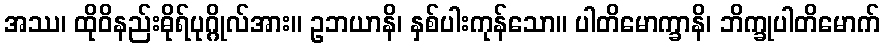
အဿ၊ ထိုဝိနည်းဓိုရ်ပုဂ္ဂိုလ်အား။ ဥဘယာနိ၊ နှစ်ပါးကုန်သော။ ပါတိမောက္ခာနိ၊ ဘိက္ခုပါတိမောက်